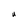
Character: U